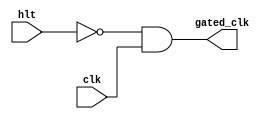
module halt (output gated_clk,
                       input hlt, clk);
					   
     assign gated_clk = (~hlt)&clk;
endmodule